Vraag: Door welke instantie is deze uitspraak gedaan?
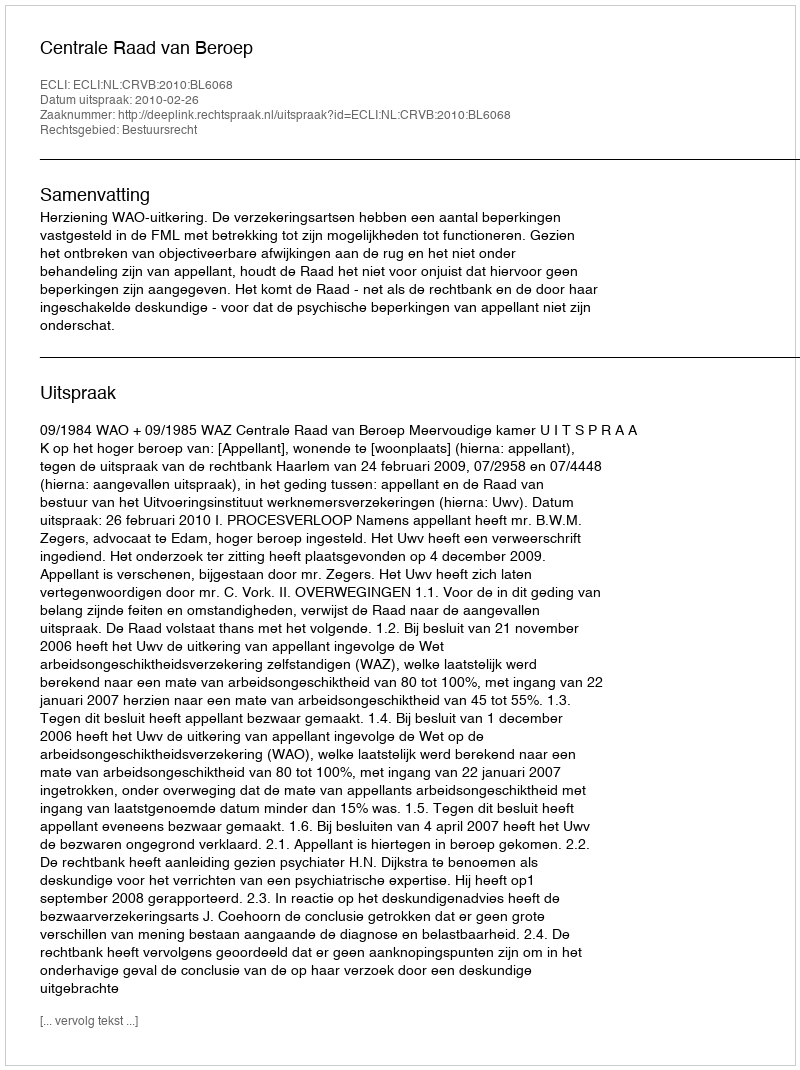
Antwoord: Centrale Raad van Beroep